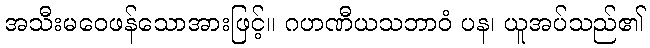
အသီးမဝေဖန်သောအားဖြင့်။ ဂဟဏီယသဘာဝံ ပန၊ ယူအပ်သည်၏